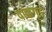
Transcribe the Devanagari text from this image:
पाकगृह